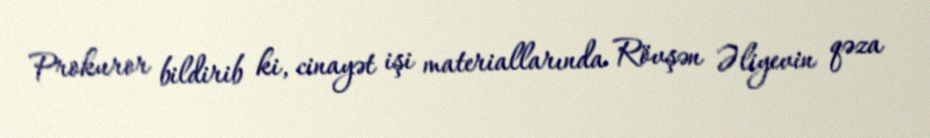
Prokuror bildirib ki, cinayət işi materiallarında Rövşən Əliyevin qəza